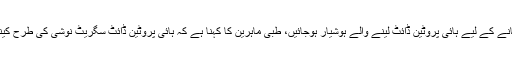
6مارچ 2014ء)وزن گھٹانے کے لیے ہائی پروٹین ڈائٹ لینے والے ہوشیار ہوجائیں، طبی ماہرین کا کہنا ہے کہ ہائی پروٹین ڈائٹ سگریٹ نوشی کی طرح کینسر کا باعث بن سکتی ہے۔